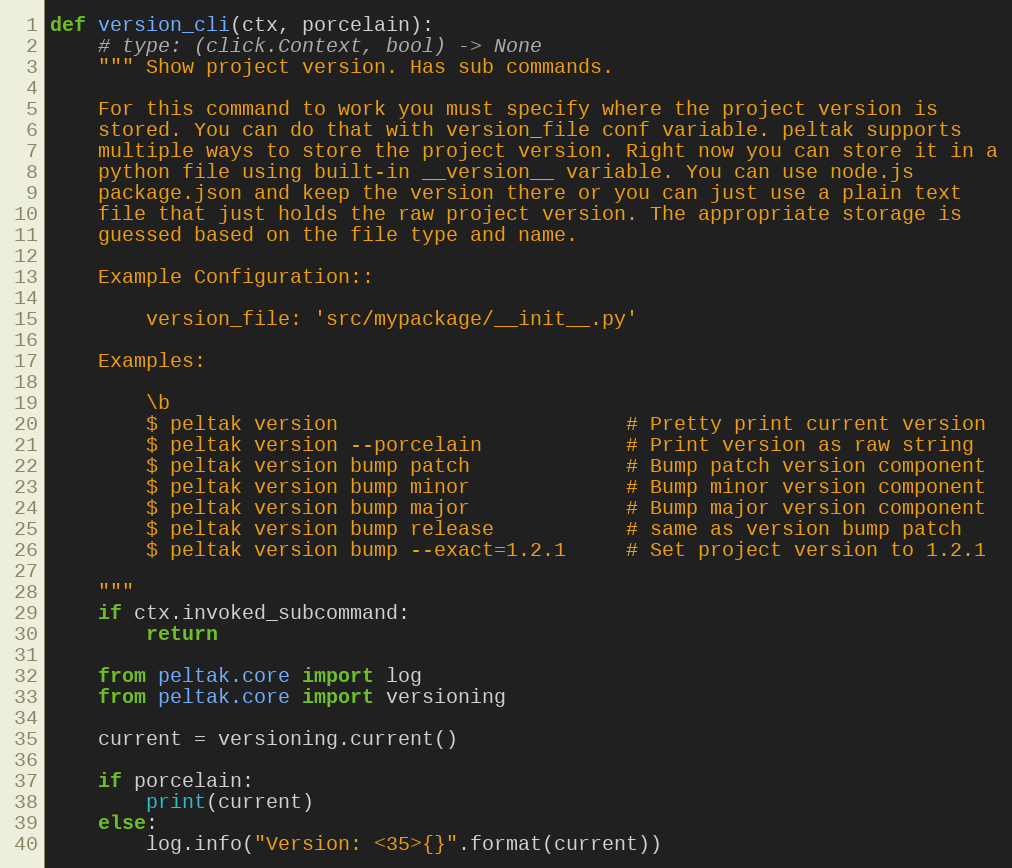
Language: Python
def version_cli(ctx, porcelain):
    # type: (click.Context, bool) -> None
    """ Show project version. Has sub commands.

    For this command to work you must specify where the project version is
    stored. You can do that with version_file conf variable. peltak supports
    multiple ways to store the project version. Right now you can store it in a
    python file using built-in __version__ variable. You can use node.js
    package.json and keep the version there or you can just use a plain text
    file that just holds the raw project version. The appropriate storage is
    guessed based on the file type and name.

    Example Configuration::

        version_file: 'src/mypackage/__init__.py'

    Examples:

        \b
        $ peltak version                        # Pretty print current version
        $ peltak version --porcelain            # Print version as raw string
        $ peltak version bump patch             # Bump patch version component
        $ peltak version bump minor             # Bump minor version component
        $ peltak version bump major             # Bump major version component
        $ peltak version bump release           # same as version bump patch
        $ peltak version bump --exact=1.2.1     # Set project version to 1.2.1

    """
    if ctx.invoked_subcommand:
        return

    from peltak.core import log
    from peltak.core import versioning

    current = versioning.current()

    if porcelain:
        print(current)
    else:
        log.info("Version: <35>{}".format(current))